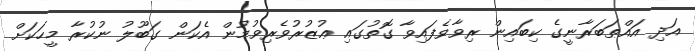
އަދި އައްޠަބަރާނީގެ ކިބައިން ރިވާވެފައިވާ ގޮތުގައި ޢުޒުރުވެރިވުމުން އެކަން ގަބޫލު ނުކުރާ މީހަކަށް